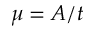
\mu = A / t